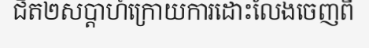
ជិត២សប្តាហ៍ក្រោយការដោះលែងចេញពី